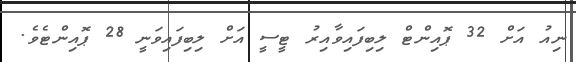
ނިއު އަށް 32 ޕޮއިންޓް ލިބިފައިވާއިރު ޓީސީ އަށް ލިބިފައިވަނީ 28 ޕޮއިންޓެވެ.